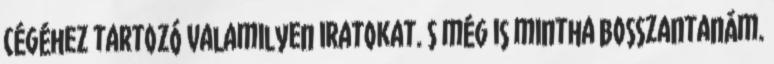
cégéhez tartozó valamilyen iratokat. S még is mintha bosszantanám.